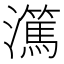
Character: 𬉤